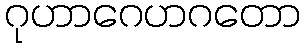
ဂုဟာဂေဟဂတော